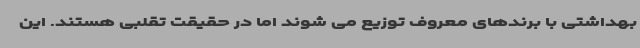
بهداشتی با برندهای معروف توزیع می شوند اما در حقیقت تقلبی هستند. این